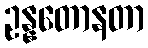
ဥန္နတောနတာ